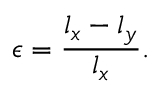
\epsilon = \frac { l _ { x } - l _ { y } } { l _ { x } } .